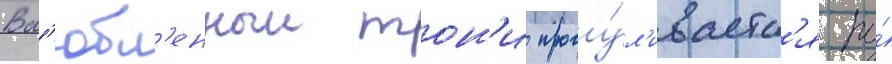
Вл'юбл'енныи тон'и прогу́л'иваетс'я по́